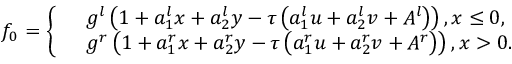
{ { f } _ { 0 } } = \left\{ \begin{array} { r l } & { { { g } ^ { l } } \left( 1 + a _ { 1 } ^ { l } x + a _ { 2 } ^ { l } y - \tau \left( a _ { 1 } ^ { l } u + a _ { 2 } ^ { l } v + { { A } ^ { l } } \right) \right) , x \le 0 , } \\ & { { { g } ^ { r } } \left( 1 + a _ { 1 } ^ { r } x + a _ { 2 } ^ { r } y - \tau \left( a _ { 1 } ^ { r } u + a _ { 2 } ^ { r } v + { { A } ^ { r } } \right) \right) , x > 0 . } \end{array} \right.